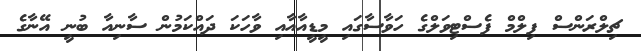
ޗިލްރަންސް ފިލްމް ފެސްޓިވަލްގެ ހަވާސާގައި މީޑީއާއާއި ވާހަކަ ދައްކަމުން ސާނިއާ ބުނީ އޭނާގެ